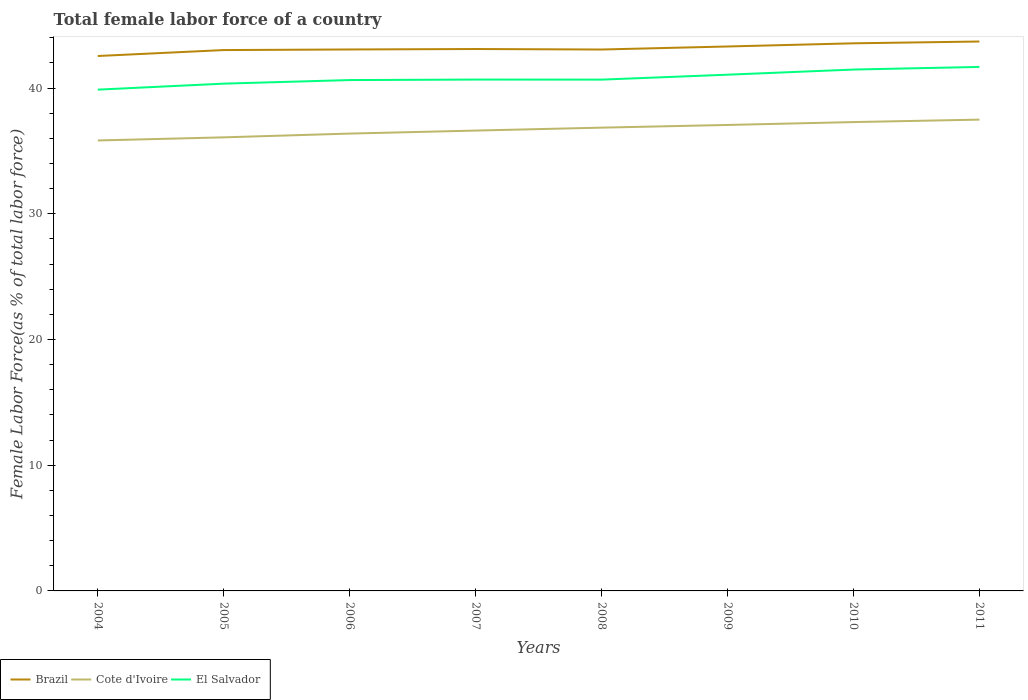
| Years | Brazil | Cote d'Ivoire | El Salvador |
 | --- | --- | --- | --- |
 | 2004 | 42.5 | 35.8 | 39.9 |
 | 2005 | 43 | 36.1 | 40.3 |
 | 2006 | 43.1 | 36.4 | 40.6 |
 | 2007 | 43.1 | 36.6 | 40.7 |
 | 2008 | 43.1 | 36.8 | 40.7 |
 | 2009 | 43.3 | 37.1 | 41.1 |
 | 2010 | 43.6 | 37.3 | 41.5 |
 | 2011 | 43.7 | 37.5 | 41.7 |